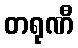
တရုဏီ